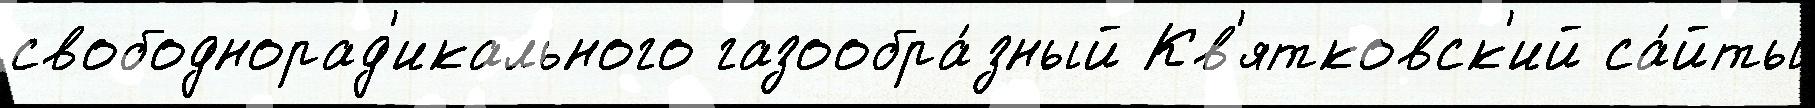
свободнорад'икального газообра́зный Кв'ятковск'ий са́йты